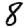
Digit: 8